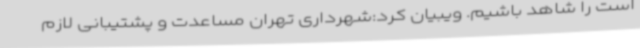
است را شاهد باشیم. ویبیان کرد:شهرداری تهران مساعدت و پشتیبانی لازم